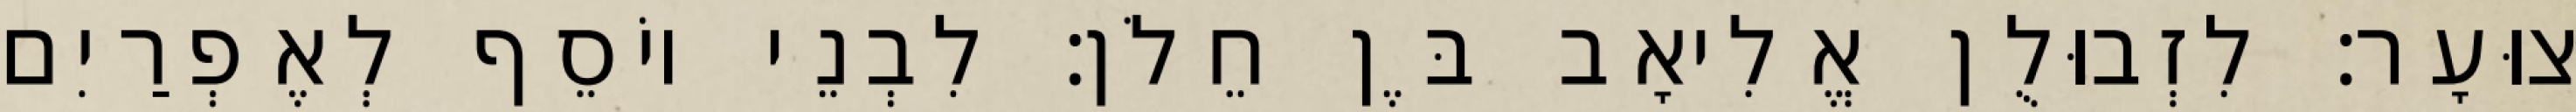
צוּעָר׃ לִזְבוּלֻן אֱלִיאָב בֶּן חֵלֹן׃ לִבְנֵי יוֹסֵף לְאֶפְרַיִם